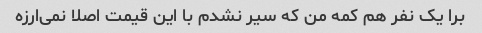
برا یک نفر هم کمه من که سیر نشدم با این قیمت اصلا نمی‌ارزه